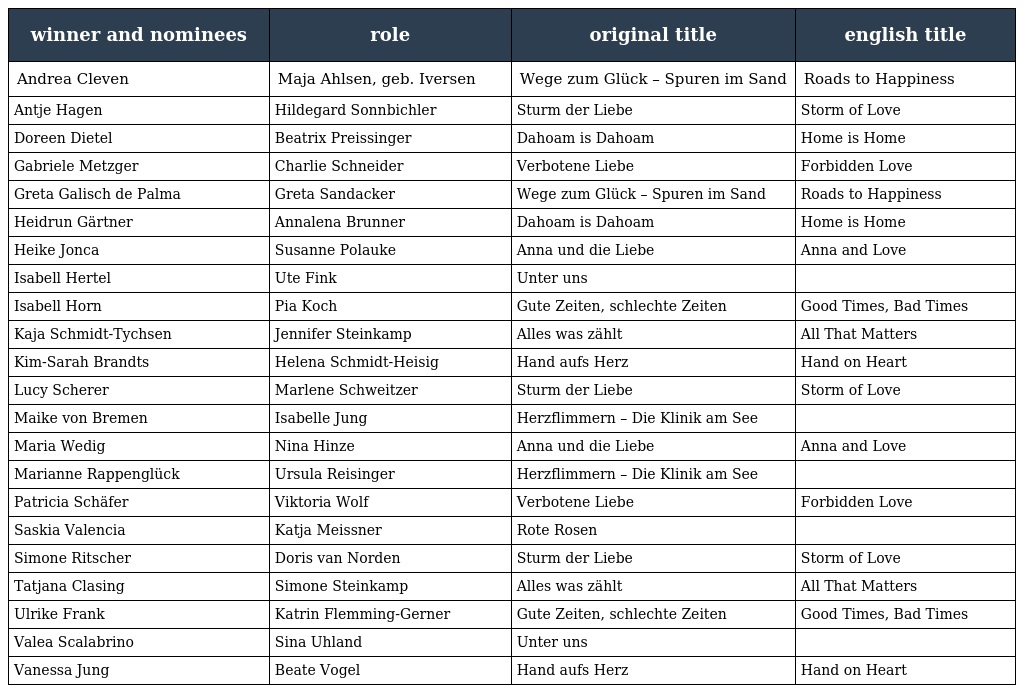
| winner and nominees | role | original title | english title |
 | --- | --- | --- | --- |
 | Andrea Cleven | Maja Ahlsen, geb. Iversen | Wege zum Glück – Spuren im Sand | Roads to Happiness |
 | Antje Hagen | Hildegard Sonnbichler | Sturm der Liebe | Storm of Love |
 | Doreen Dietel | Beatrix Preissinger | Dahoam is Dahoam | Home is Home |
 | Gabriele Metzger | Charlie Schneider | Verbotene Liebe | Forbidden Love |
 | Greta Galisch de Palma | Greta Sandacker | Wege zum Glück – Spuren im Sand | Roads to Happiness |
 | Heidrun Gärtner | Annalena Brunner | Dahoam is Dahoam | Home is Home |
 | Heike Jonca | Susanne Polauke | Anna und die Liebe | Anna and Love |
 | Isabell Hertel | Ute Fink | Unter uns |  |
 | Isabell Horn | Pia Koch | Gute Zeiten, schlechte Zeiten | Good Times, Bad Times |
 | Kaja Schmidt-Tychsen | Jennifer Steinkamp | Alles was zählt | All That Matters |
 | Kim-Sarah Brandts | Helena Schmidt-Heisig | Hand aufs Herz | Hand on Heart |
 | Lucy Scherer | Marlene Schweitzer | Sturm der Liebe | Storm of Love |
 | Maike von Bremen | Isabelle Jung | Herzflimmern – Die Klinik am See |  |
 | Maria Wedig | Nina Hinze | Anna und die Liebe | Anna and Love |
 | Marianne Rappenglück | Ursula Reisinger | Herzflimmern – Die Klinik am See |  |
 | Patricia Schäfer | Viktoria Wolf | Verbotene Liebe | Forbidden Love |
 | Saskia Valencia | Katja Meissner | Rote Rosen |  |
 | Simone Ritscher | Doris van Norden | Sturm der Liebe | Storm of Love |
 | Tatjana Clasing | Simone Steinkamp | Alles was zählt | All That Matters |
 | Ulrike Frank | Katrin Flemming-Gerner | Gute Zeiten, schlechte Zeiten | Good Times, Bad Times |
 | Valea Scalabrino | Sina Uhland | Unter uns |  |
 | Vanessa Jung | Beate Vogel | Hand aufs Herz | Hand on Heart |